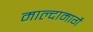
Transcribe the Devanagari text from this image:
माल्दामार्गे